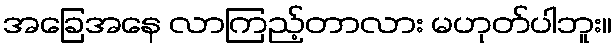
အခြေအနေ လာကြည့်တာလား မဟုတ်ပါဘူး။